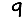
Digit: 9